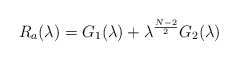
\begin{align*}R_a(\lambda )=G_{1}(\lambda )+\lambda ^{\frac{N-2}{2}}G_{2}(\lambda )\end{align*}